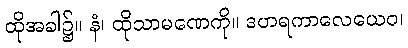
ထိုအခါ၌။ နံ၊ ထိုသာမဏေကို။ ဒဟရကာလေယေဝ၊